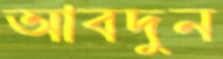
আবদুন